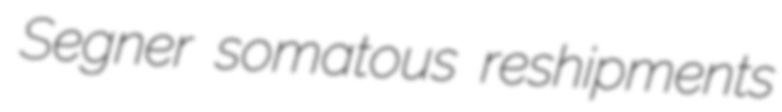
Segner somatous reshipments